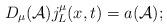
LaTeX: \begin{align*}D_\mu({\cal A})j^{\mu}_L(x,t)=a({\cal A});\end{align*}